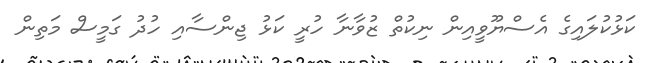
ކަޅުކުލައިގެ އެސްޔޫވީއިން ނިކުތް ޒުވާނާ ހުރީ ކަޅު ޖިންސާއި ހުދު ގަމީސް މަތިން